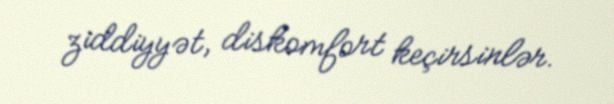
ziddiyyət, diskomfort keçirsinlər.